38_143685_box7_Incident_Summaries_1-100
Agency: Department of War
Page 123
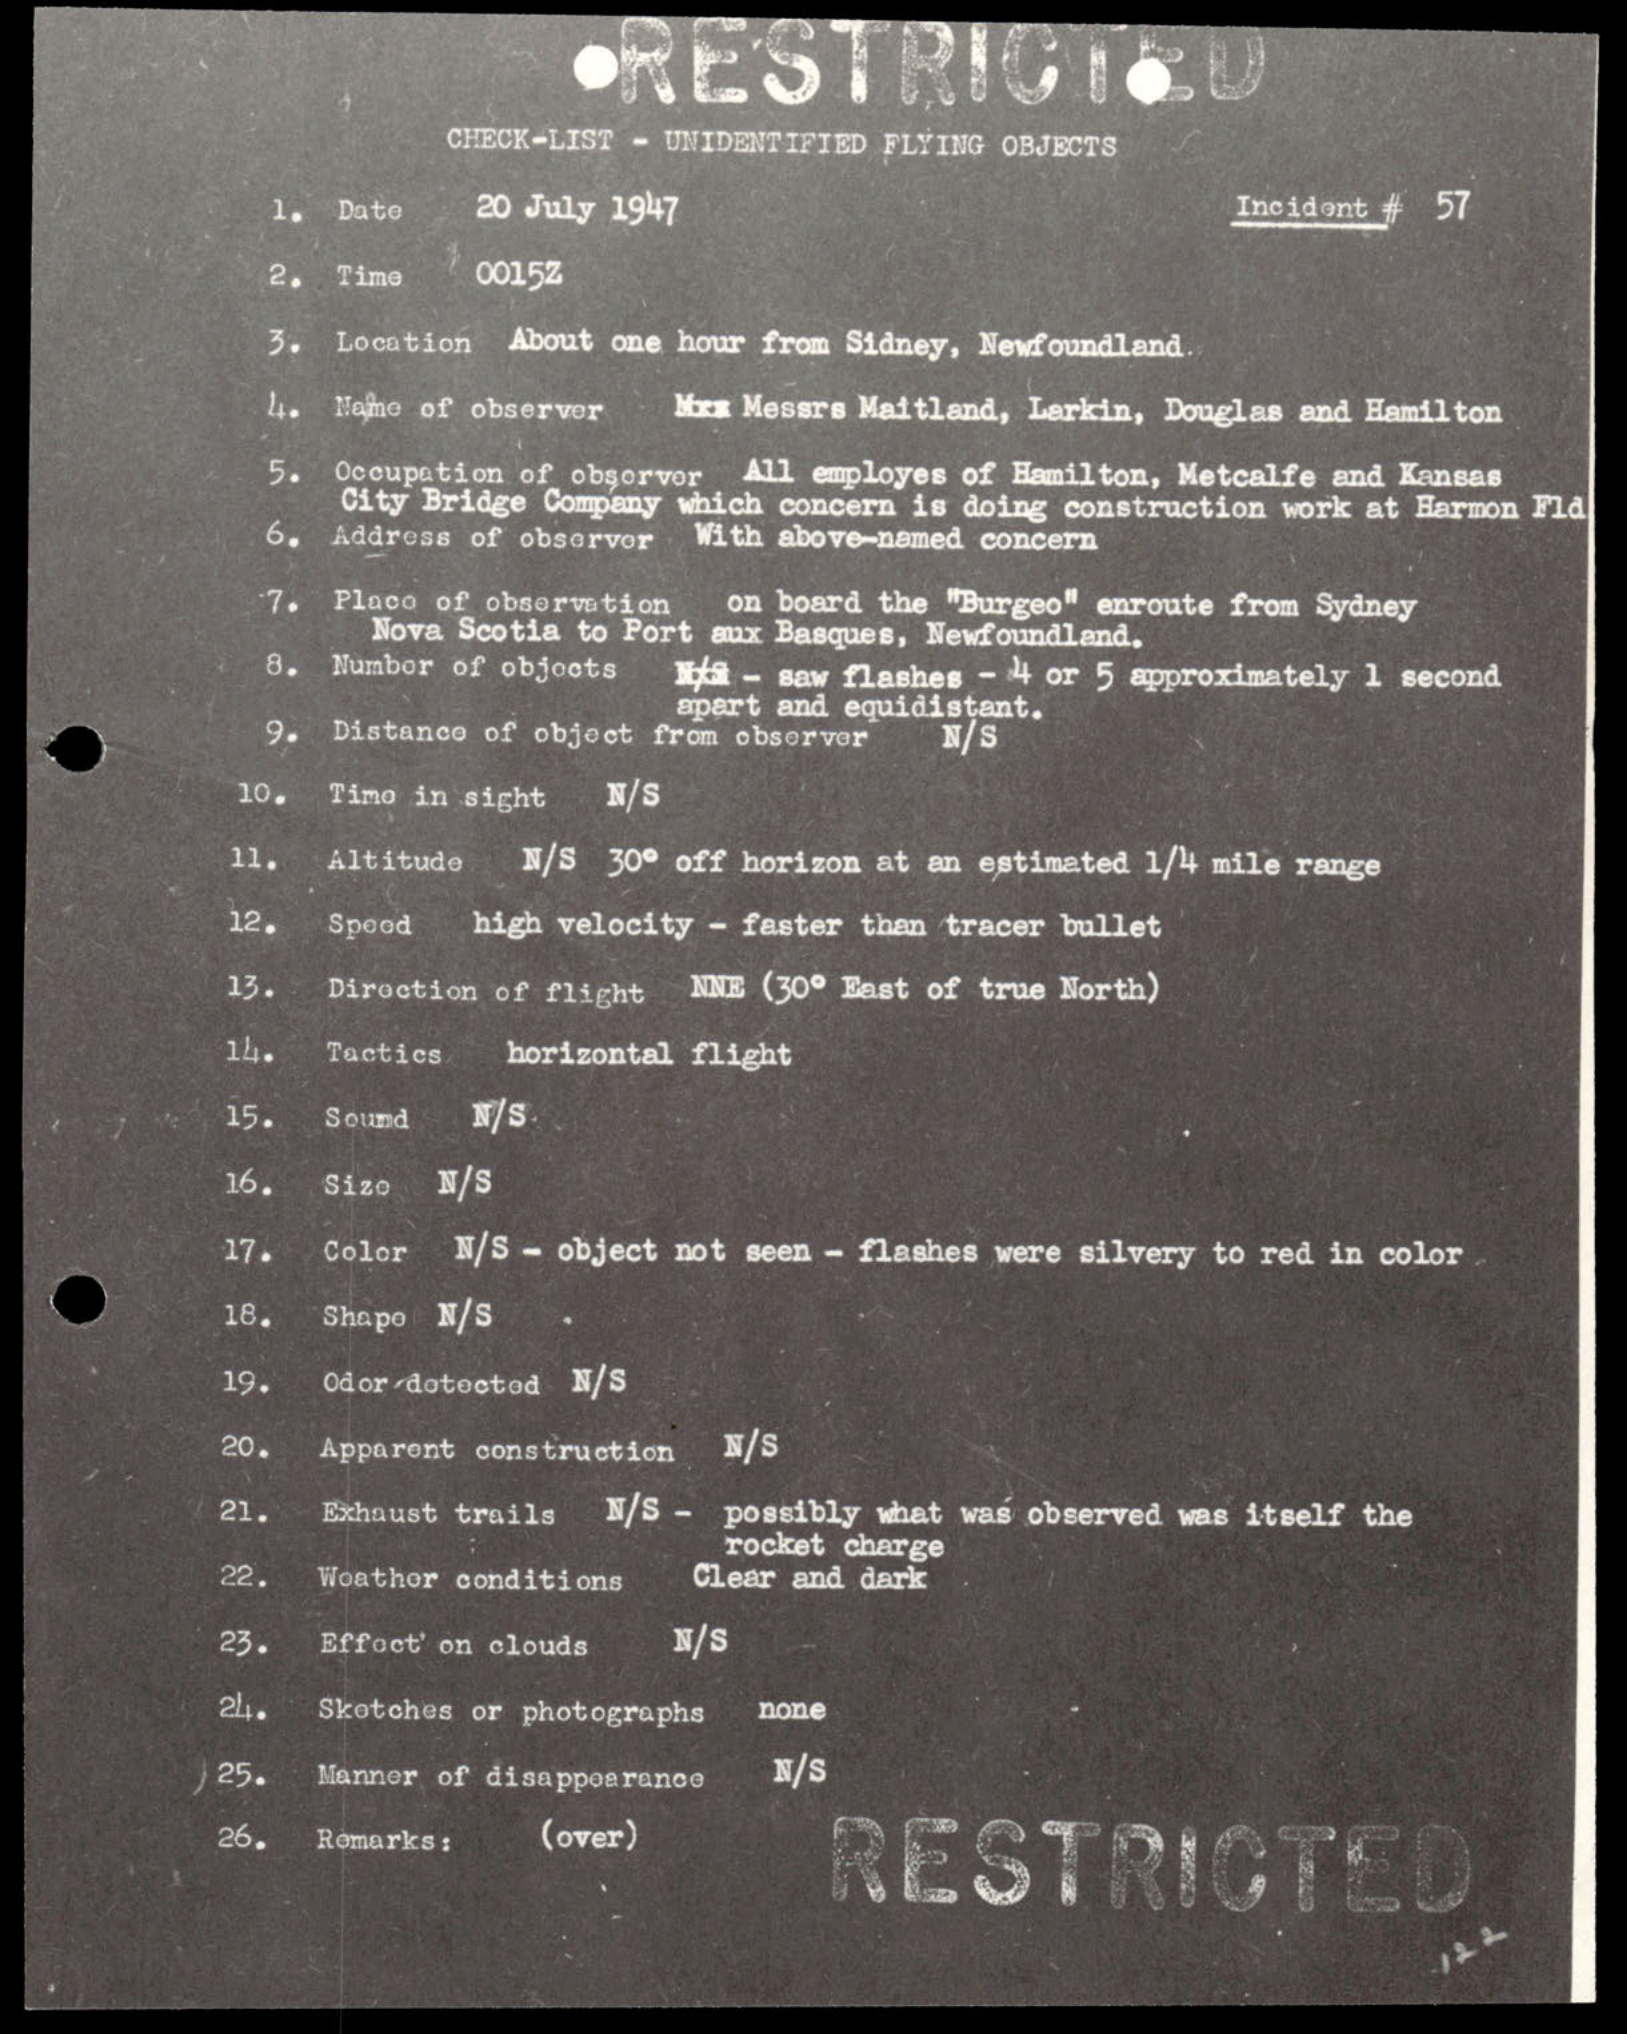